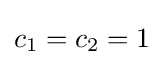
c_{1}=c_{2}=1